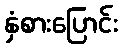
နှံစားပြောင်း